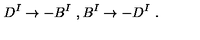
D ^ { I } \rightarrow - B ^ { I } \ , B ^ { I } \rightarrow - D ^ { I } \ .